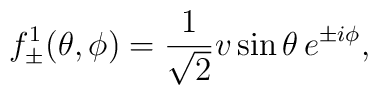
f_{\pm}^1 ( \theta, \phi)        =        \frac{1}{\sqrt{2}} v \sin \theta \, e^{\pm i \phi},